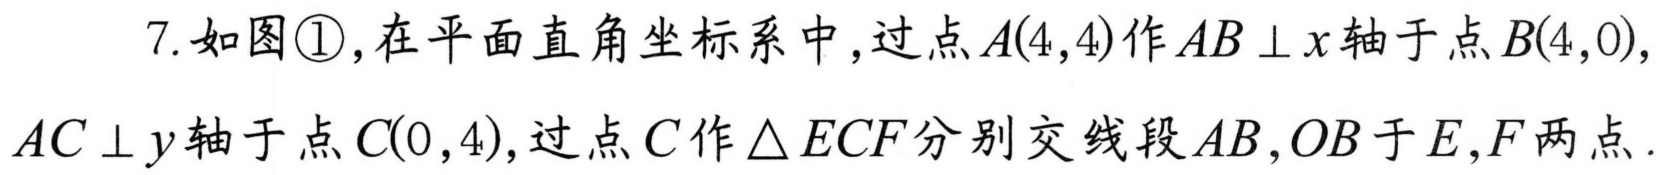
7. 如图\textcircled{1},在平面直角坐标系中,过点\(A(4,4)\)作\(AB \perp x\)轴于点\(B(4,0)\),\(AC \perp y\)轴于点\(C(0,4)\),过点\(C\)作\(\triangle ECF\)分别交线段\(AB\),\(OB\)于\(E\),\(F\)两点.